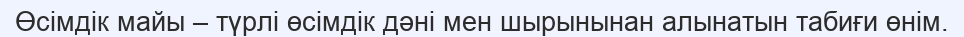
Өсімдік майы – түрлі өсімдік дәні мен шырынынан алынатын табиғи өнім.